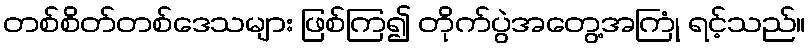
တစ်စိတ်တစ်ဒေသများ ဖြစ်ကြ၍ တိုက်ပွဲအတွေ့အကြုံ ရင့်သည်။